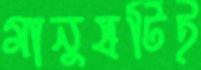
মানুষটিই